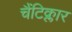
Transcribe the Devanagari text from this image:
चैंटिक्लार